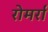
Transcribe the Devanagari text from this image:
रोमर्रा